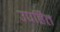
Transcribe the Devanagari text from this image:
उपहित